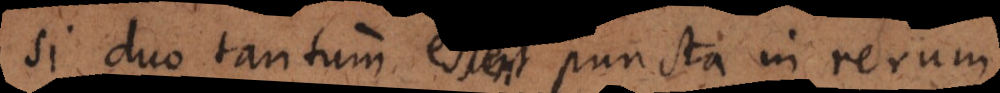
Si duo tantum essent puncta in rerum